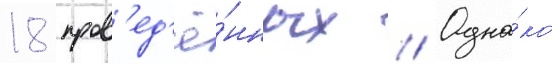
18 пров'ед'ё́нных // Одна́ко